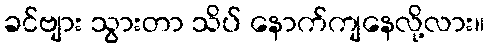
ခင်ဗျား သွားတာ သိပ် နောက်ကျနေလို့လား။